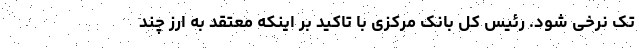
تک نرخی شود. رئیس کل بانک مرکزی با تاکید بر اینکه معتقد به ارز چند